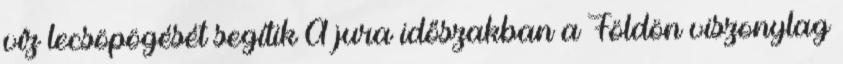
víz lecsöpögését segítik A jura időszakban a Földön viszonylag